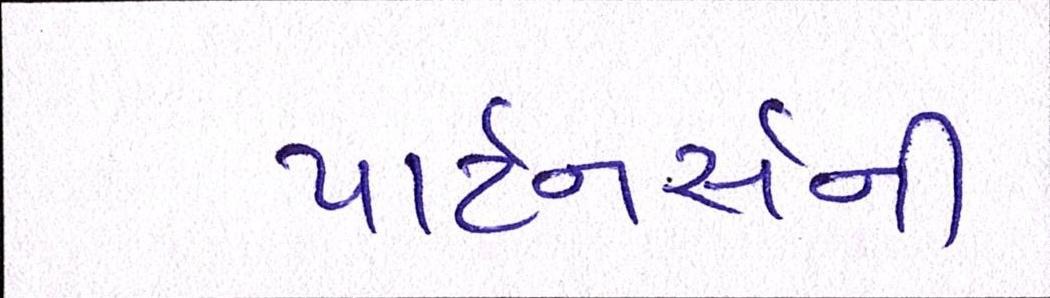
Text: પાર્ટનર્સની